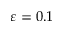
\varepsilon = 0 . 1